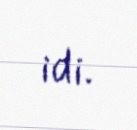
idi.